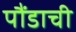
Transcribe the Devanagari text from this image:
पौंडाची